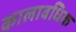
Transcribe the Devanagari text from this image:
कालावधिक